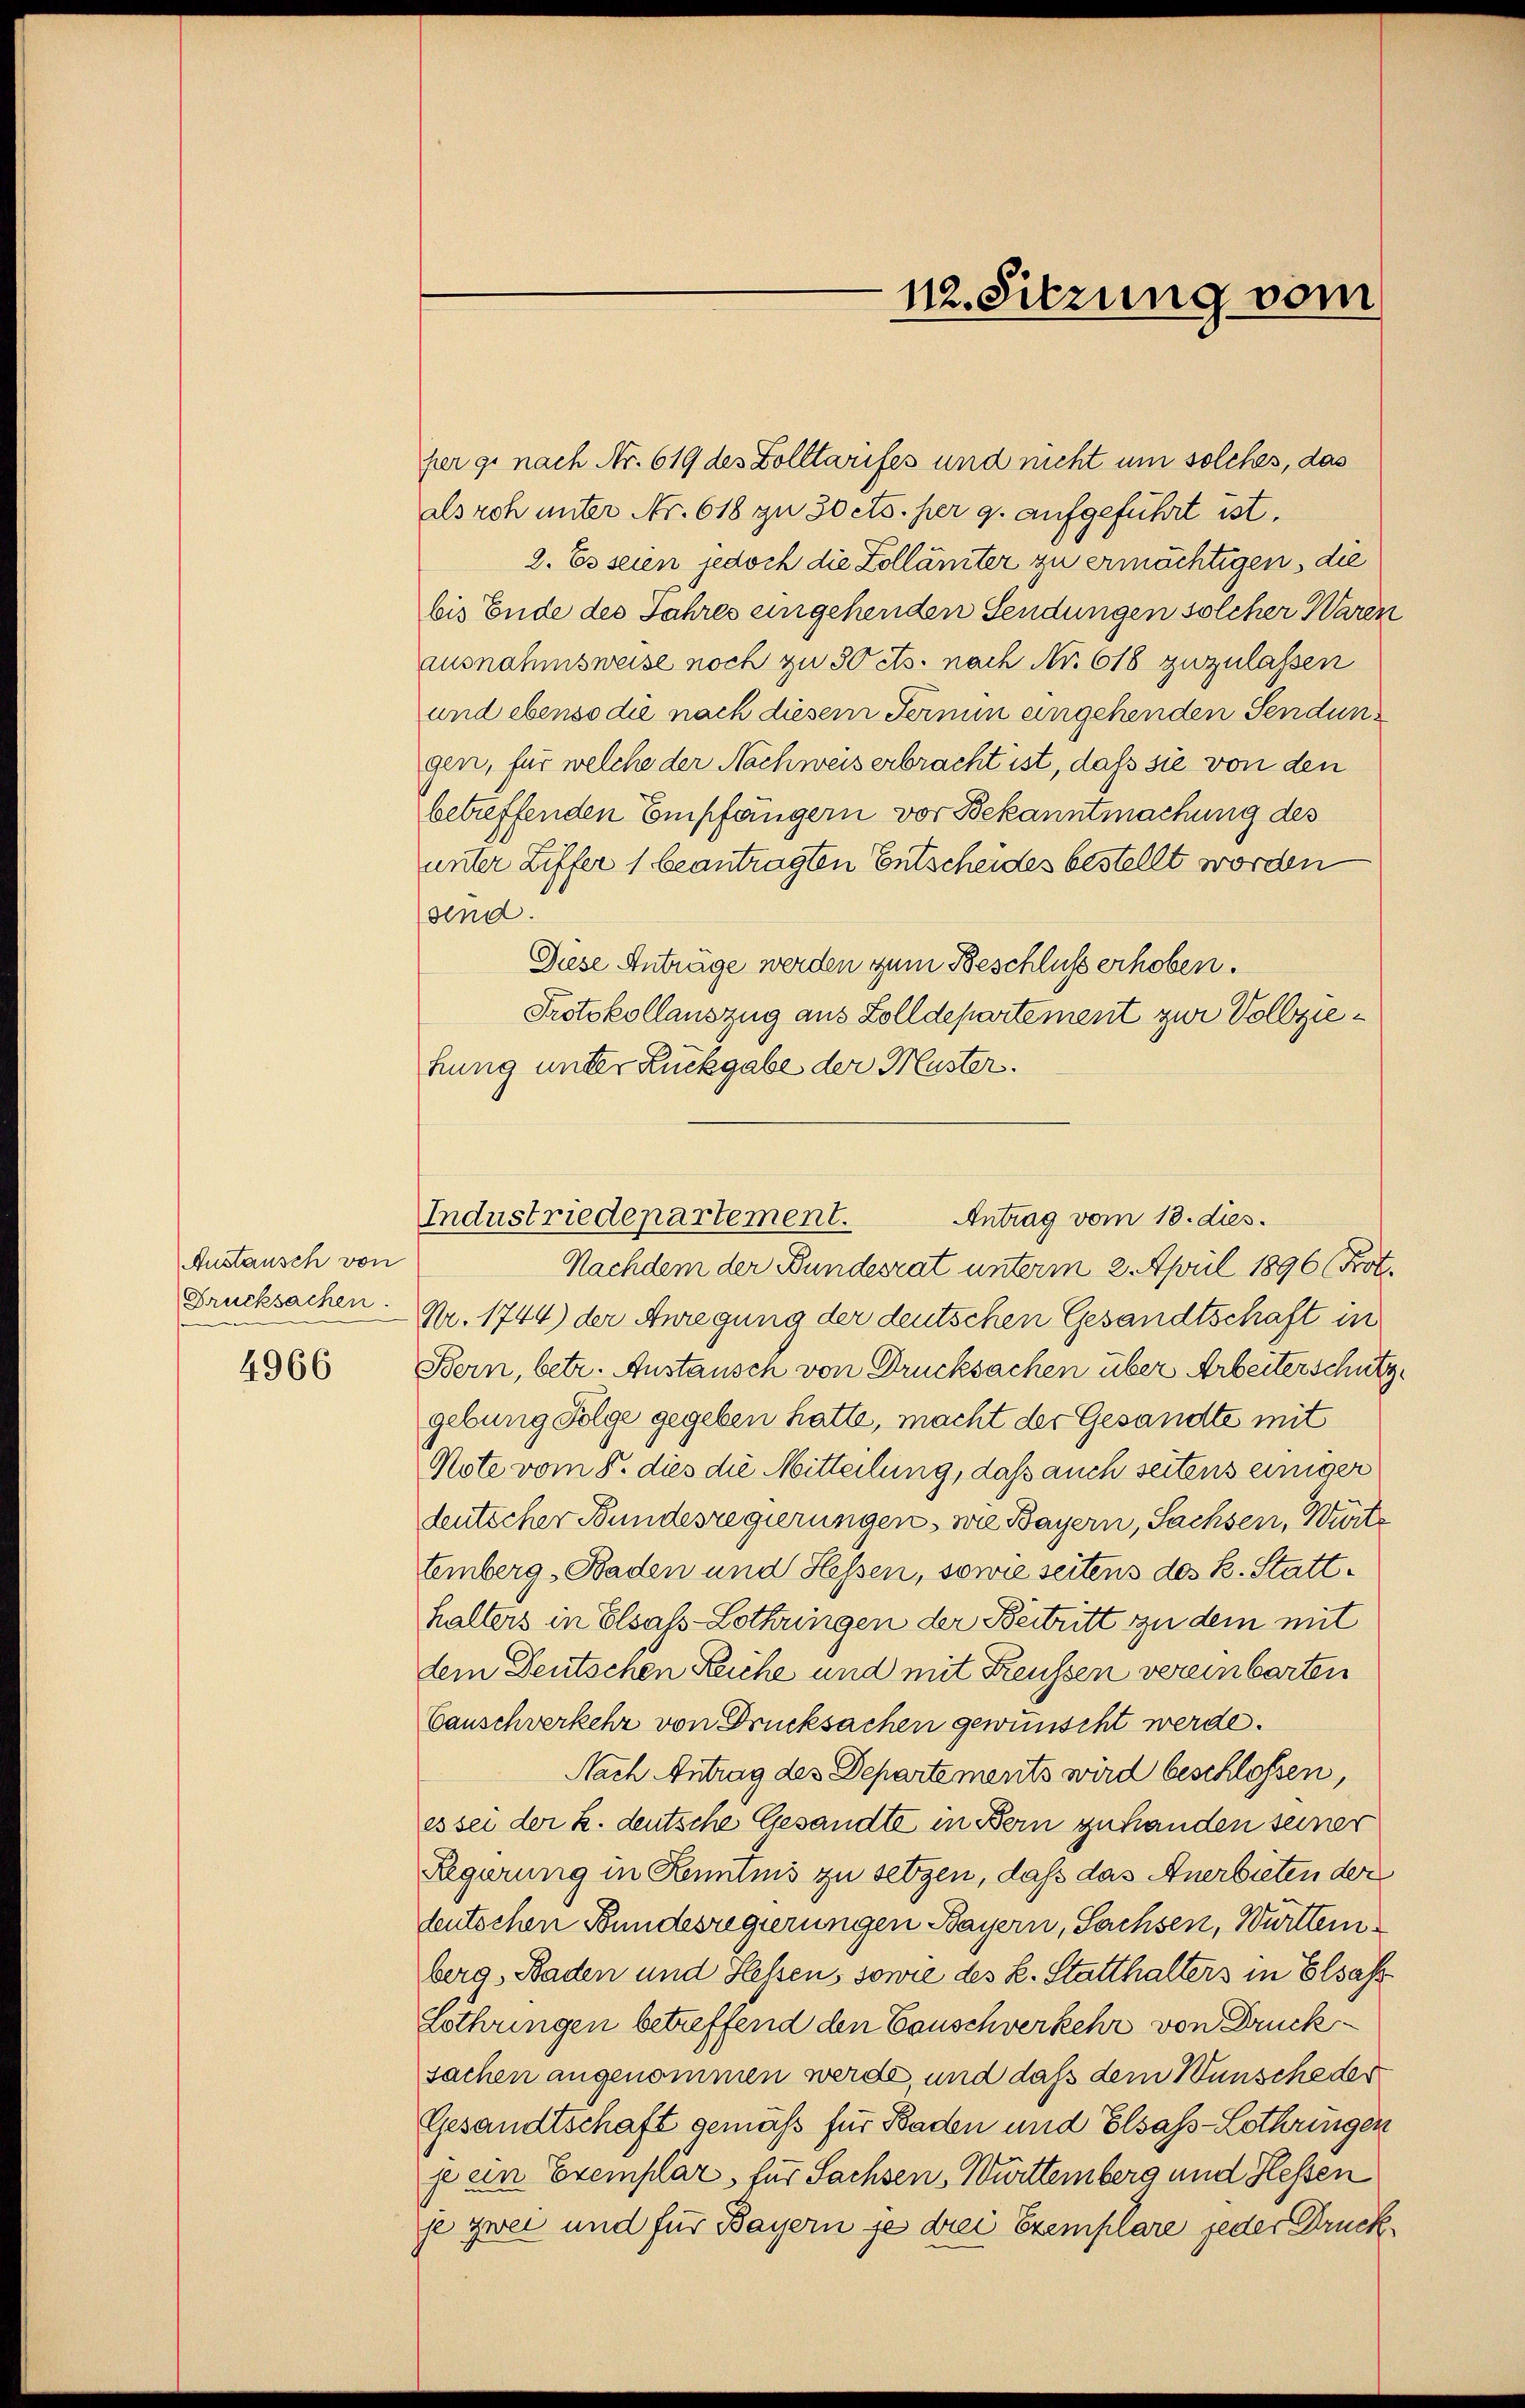
Austausch von
Grucksachen.
4966

her ge nach Nr. 619 des Zolltarifes und nicht um solches, das
alsroh unter Nr. 618 zu 30 cts. per 9. aufgeführt ist.
2. Es seien jedoch die Zollämter zu ermächtigen, die
bis Ende des Jahres eingehenden Sendungen solcher Waren
ausnahmsweise noch zu 50 cts. nach Nr. 618 zuzulassen
und ebenso die nach diesem Fermin eingehenden Sendun
gen, für welche der Nachweis erbracht ist, daß sie von den
betreffenden Empfängern vor Bekanntmachung des
unter Ziffer 1 beantragten Entscheides bestellt worden
sind.
Diese Anträge werden zum Beschluss erhoben.
Protokollauszug aus Zolldepartement zur Vollziehung unter Rückgabe der Muster.

Nr. 1744) der Anregung der deutschen Gesandtschaft in
Bern, betr. Anstausch von Drucksachen über Arbeiterschütz
gebung Folge gegeben hatte, macht der Gesandte mit
Note vom 8. dies die Mitteilung, daß auch seitens einiger
deutscher Bundesregierungen, wie Bayern, Sachsen, Würte
temberg - Baden und Hessen, sowie seitens des k. Statthalters in Elsass-Lothringen der Beitritt zu dem mit
dem Deutschen Reiche und mit Freussen vereinbarten
Canschwerkehr von Drucksachen gewünscht werde.
Nach Antrag des Departements wird beschlossen,
es sei der k. deutsche Gesandte in Bern zuhanden seiner
Regurung in Kenntnis zu setzen, daß das Anerbieten der
butschen Bundesregierungen Bayern, Sachsen, Württemberg, Baden und Hessen, sowie des L. Statthalters in Elsaß
Lothringen betreffend den Tauschverkehr von Drucksachen angenommen werde und daß dem Wunsche der
Gesandtschaft gemäß für Baden und Elsass-Lothringen
je ein Exemplar, für Sachsen, Württemberg und Hessen
je zwei und für Bayern je drei Exemplare jeder Druck

112. Sitzung vom

Industriedepartement.
Antrag vom 18. dies.
Nachdem der Bundesrat unterm 2. April 1896 (Prot.